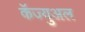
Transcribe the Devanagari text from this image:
कॅज्युअल